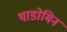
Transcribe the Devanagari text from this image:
थाडोमिन